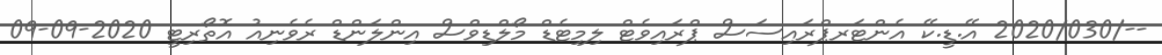
--/2020/030 އޭ.ޑީ.ކޭ އެންޓަރޕްރައިސަސް ޕްރައިވެޓް ލިމިޓެޑް މޯލްޑިވްސް އިންލަންޑް ރެވެނިއު އޮތޯރިޓީ 2020-09-09